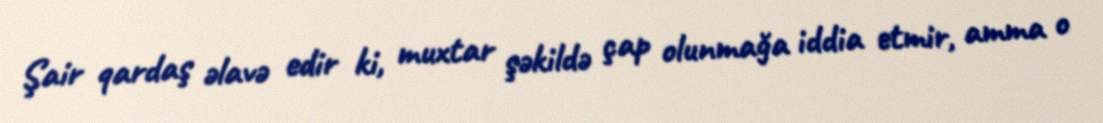
Şair qardaş əlavə edir ki, muxtar şəkildə çap olunmağa iddia etmir, amma o